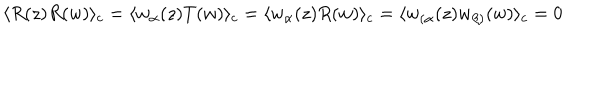
LaTeX: \langle R ( z ) R ( w ) \rangle _ { c } = \langle w _ { \alpha } ( z ) T ( w ) \rangle _ { c } = \langle w _ { \alpha } ( z ) R ( w ) \rangle _ { c } = \langle w _ { ( \alpha } ( z ) w _ { \beta ) } ( w ) \rangle _ { c } = 0